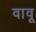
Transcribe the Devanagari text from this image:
वावू